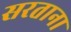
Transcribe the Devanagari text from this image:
सरताना